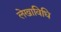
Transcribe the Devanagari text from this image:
लेखाविधि